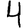
Digit: 4